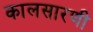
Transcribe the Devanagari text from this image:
कालसारणी